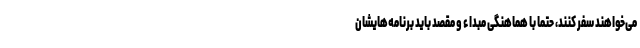
می‌خواهند سفر کنند، حتما با هماهنگی مبداء و مقصد باید برنامه‌هایشان